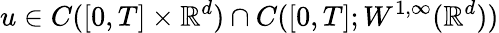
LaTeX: u\in C([0,T]\times\mathbb{R}^{d})\cap C([0,T];W^{1,\infty}(\mathbb{R}^{d}))